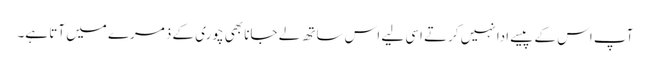
آپ اس کے پیسے ادا نہیں کرتے اسی لیے اس ساتھ لے جانا بھی چوری کے ذمرے میں آتا ہے۔